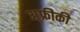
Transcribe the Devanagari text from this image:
अ्फ्रीकी